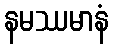
နမဿမာနံ